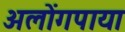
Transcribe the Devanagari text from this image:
अलोंगपाया